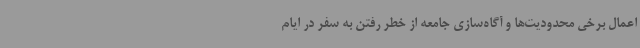
اعمال برخی محدودیت‌ها و آگاه‌سازی جامعه از خطر رفتن به سفر در ایام